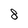
Character: 8